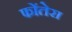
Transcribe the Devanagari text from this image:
फोंतेरा